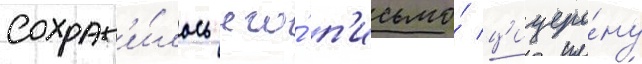
Сохран'и́лось его́ п'исьмо́ цицеро́ну